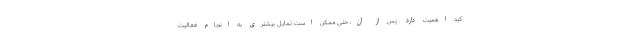
کبد اهمیت دارد. پس از آن، حتی ممکن است تمایل بیشتری به انجام فعالیت